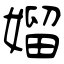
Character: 媹